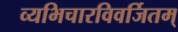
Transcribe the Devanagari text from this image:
व्यभिचारविवर्जितम्